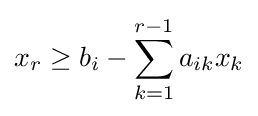
x_{r}\geq b_{i}-\sum _{k=1}^{r-1}a_{ik}x_{k}